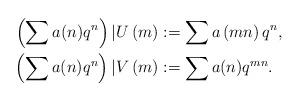
LaTeX: \begin{align*}\left(\sum a(n)q^n\right) | U\left(m\right) &:= \sum a\left(mn\right)q^n,\\\left(\sum a(n)q^n\right) | V\left(m\right) &:= \sum a(n)q^{mn}.\end{align*}